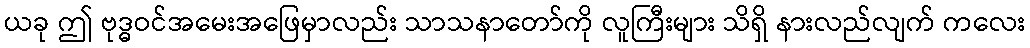
ယခု ဤ ဗုဒ္ဓဝင်အမေးအဖြေမှာလည်း သာသနာတော်ကို လူကြီးများ သိရှိ နားလည်လျက် ကလေး